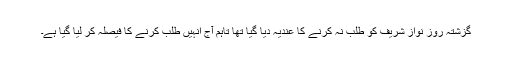
گزشتہ روز نواز شریف کو طلب نہ کرنے کا عندیہ دیا گیا تھا تاہم آج انہیں طلب کرنے کا فیصلہ کر لیا گیا ہے۔